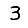
Digit: 3